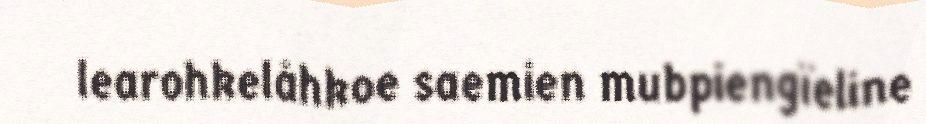
learohkelåhkoe saemien mubpiengïeline